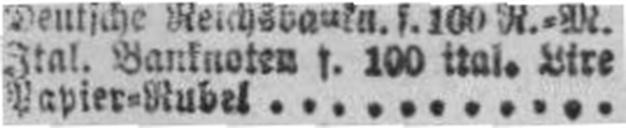
Papier=Rubel